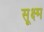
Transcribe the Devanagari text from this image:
सू्क्ष्म